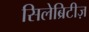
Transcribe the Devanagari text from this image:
सिलेब्रिटीज़